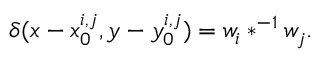
\delta ( x - x _ { 0 } ^ { i , j } , y - y _ { 0 } ^ { i , j } ) = w _ { i } \ast ^ { - 1 } w _ { j } .